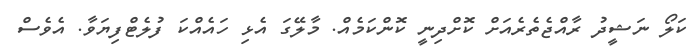
ކަލޯ ނަޝީދު ރާއްޖެތެރެއަށް ކޮށްދިނީ ކޮންކަމެއް. މާލޭގަ އެޅި ހައެއްކަ ފުލެޓްފިޔަވާ. އެވެސް